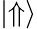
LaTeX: \lvert\Uparrow\rangle